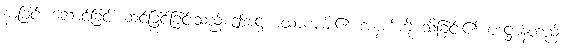
နာခြင်း ဆောင်ခြင်း ဆင်ခြင်ခြင်းသည် ဤအဋ္ဌကထာကျမ်း၏ အနက်ကို သိခြင်း၏ ပဒဋ္ဌာန်တည်း။